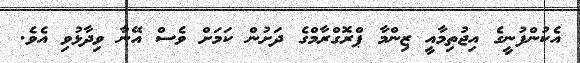
އެކުންފުނީގެ އިޖުތިމާއީ ޒިންމާ ޕްރޮގްރާމްގެ ދަށުން ކަމަށް ވެސް އޭނާ ވިދާޅުވި އެވެ.